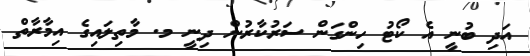
އަދި ބުނީ އެ ކޯޓު ހިންގަން ސަރުކާރުން ދިނީ މ. މާތިލައިގެ އިމާރާތް